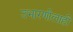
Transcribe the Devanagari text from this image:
उभारणीलाही